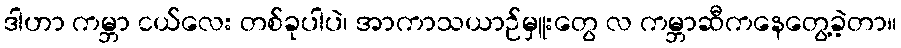
ဒါဟာ ကမ္ဘာ ငယ်လေး တစ်ခုပါပဲ၊ အာကာသယာဉ်မှူးတွေ လ ကမ္ဘာဆီကနေတွေ့ခဲ့တာ။